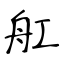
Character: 舡